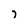
Character: i